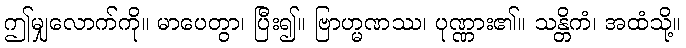
ဤမျှလောက်ကို။ မာပေတွာ၊ ပြီး၍။ ဗြာဟ္မဏဿ၊ ပုဏ္ဏား၏။ သန္တိကံ၊ အထံသို့။